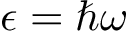
\epsilon = \hbar \omega